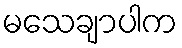
မသေချာပါက